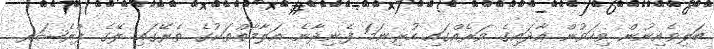
ބަލިވެއިނުން ވިހަވުން އާދައިގެ ވަރެއްގައި ހުރިނަމަ ފެނިދާނެ އަލާމާތްތަކުގެ ތެރޭގައި ލޭގެ ޕްރެޝަރ